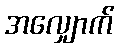
အလျှောက်